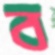
ব